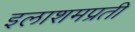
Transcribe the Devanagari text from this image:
इलाशमप्रती